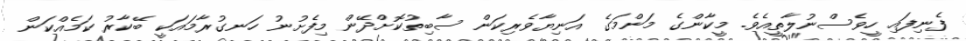
ފެނިފައި ހީވެސްނުލާތީއެވެ. މީކާންގެ މަންމަގެ އަނިޔާވެރިކަން ސާބިތުކޮށްދޭން މިފެށުނު ހަނގުރާމައަކީ ބޭކާރު ކަމެއްކަން